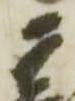
宗